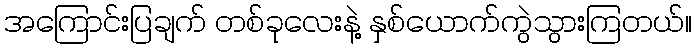
အကြောင်းပြချက် တစ်ခုလေးနဲ့ နှစ်ယောက်ကွဲသွားကြတယ်။